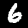
Label: 6